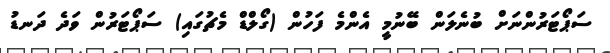
ސަޕޯޓަރުންނަށް ބުނެލަން ބޭނުމީ އެންމެ ފަހުން (ގޯލްޑް މެޗުގައި) ސަޕޯޓަރުން ވަދެ ދަނޑު